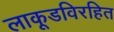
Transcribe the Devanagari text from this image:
लाकूडविरहित